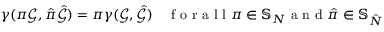
\gamma ( \pi \mathcal { G } , \hat { \pi } \hat { \mathcal { G } } ) = \pi \gamma ( \mathcal { G } , \hat { \mathcal { G } } ) \quad \mathrm { ~ f ~ o ~ r ~ a ~ l ~ l ~ } \pi \in \mathbb { S } _ { N } \mathrm { ~ a ~ n ~ d ~ } \hat { \pi } \in \mathbb { S } _ { \hat { N } }